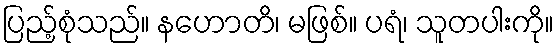
ပြည့်စုံသည်။ နဟောတိ၊ မဖြစ်။ ပရံ၊ သူတပါးကို။